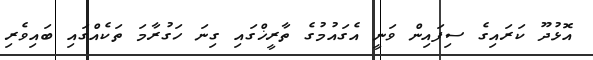
އޮޅުދޫ ކަރައިގެ ސިފައިން ވަނީ އެގައުމުގެ ތާރީޚްގައި ގިނަ ހަގުރާމަ ތަކެއްގައި ބައިވެރި